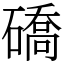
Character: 礄